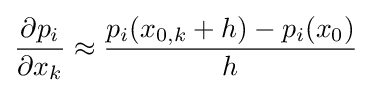
{\frac {\partial p_{i}}{\partial x_{k}}}\approx {\frac {p_{i}(x_{0,k}+h)-p_{i}(x_{0})}{h}}